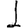
Digit: 1